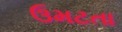
ઉમટતા